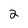
Character: 2